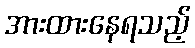
အားထားနေရသည့်